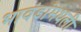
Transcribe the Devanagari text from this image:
भावंडांमधली